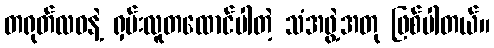
တရုတ်လဝနဲ့ ရှမ်းလူတထောင်ပါတဲ့ သံအဖွဲ့အတု ဖြစ်ပါတယ်။